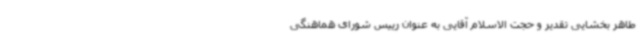
طاهر بخشایی تقدیر و حجت الاسلام آقایی به عنوان رییس شورای هماهنگی